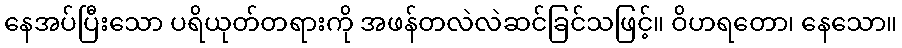
နေအပ်ပြီးသော ပရိယုတ်တရားကို အဖန်တလဲလဲဆင်ခြင်သဖြင့်။ ဝိဟရတော၊ နေသော။